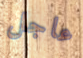
عاجل